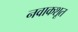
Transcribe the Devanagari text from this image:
नवाकशूत